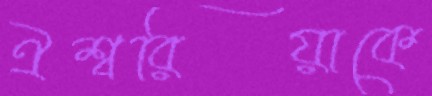
ঐশ্বরিয়াকে